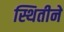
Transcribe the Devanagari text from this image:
स्थितीने